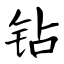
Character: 钻